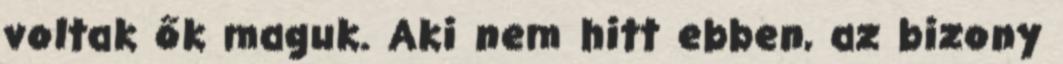
voltak ők maguk. Aki nem hitt ebben, az bizony